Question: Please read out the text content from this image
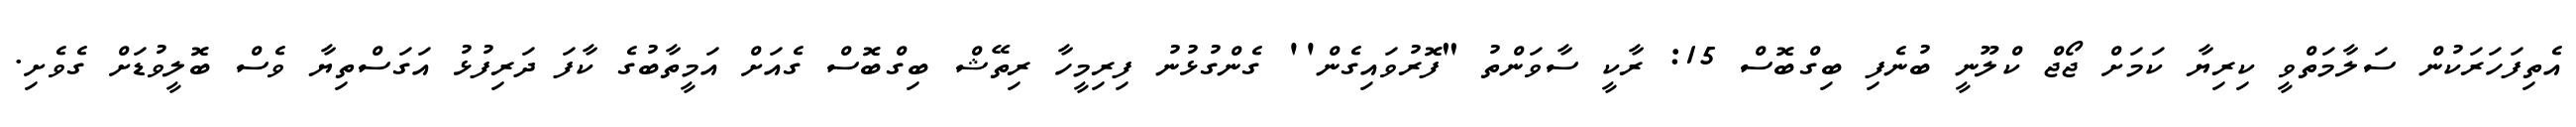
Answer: އެތިފަހަރަކުން ސަލާމަތްވީ ކިރިޔާ ކަމަށް ޖޯޖް ކްލޫނީ ބުނެފި ބިގްބޮސް 15: ރާކީ ސާވަންތު "ފޮރުވައިގެން'' ގެންގުޅުނު ފިރިމީހާ ރިތޭޝް ބިގްބޮސް ގެއަށް އަމީތާބުގެ ކާފަ ދަރިފުޅު އަގަސްތިޔާ ވެސް ބޮލީވުޑަށް ގެވެށި.